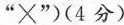
”×”)(4分)